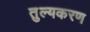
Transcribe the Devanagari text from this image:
तुल्यकरण